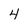
Character: 4